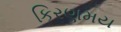
કિરણમય